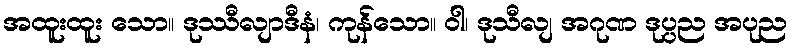
အထူးထူး သော။ ဒုဿီလျာဒီနံ၊ ကုန်သော။ ဝါ၊ ဒုသီလျ အဂုဏ ဒုပ္ပည အပုည